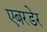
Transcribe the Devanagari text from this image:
एबरडेर